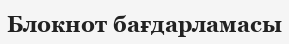
Блокнот бағдарламасы